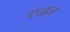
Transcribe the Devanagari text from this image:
एजन